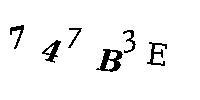
747B3E